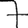
Digit: 7